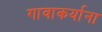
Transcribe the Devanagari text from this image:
गावाकर्याना